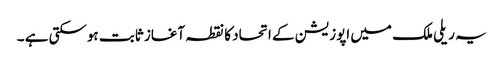
یہ ریلی ملک میں اپوزیشن کے اتحاد کا نقطہ آغاز ثابت ہوسکتی ہے ۔